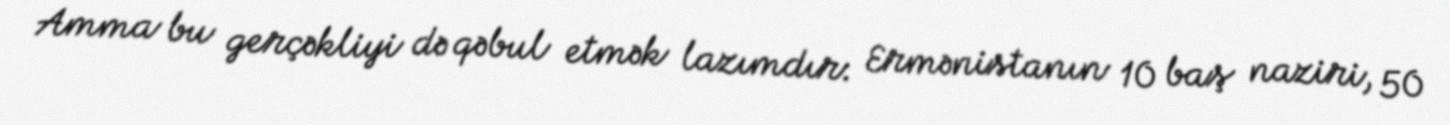
Amma bu gerçəkliyi də qəbul etmək lazımdır: Ermənistanın 10 baş naziri, 50